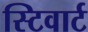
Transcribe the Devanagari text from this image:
स्टिवार्ट